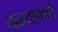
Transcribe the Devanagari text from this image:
तळ्यापाशीं